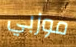
موزبي